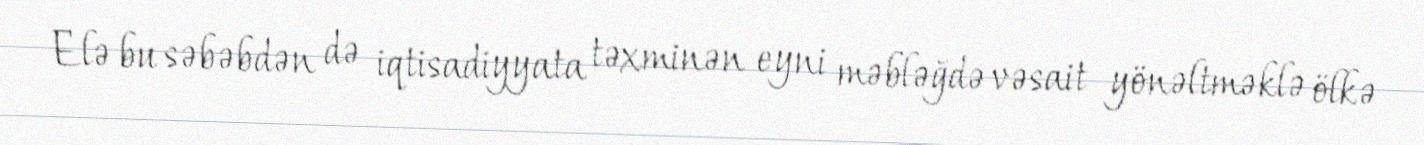
Elə bu səbəbdən də iqtisadiyyata təxminən eyni məbləğdə vəsait yönəltməklə ölkə